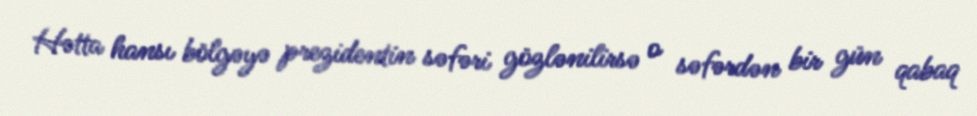
Hətta hansı bölgəyə prezidentin səfəri gözlənilirsə o səfərdən bir gün qabaq